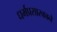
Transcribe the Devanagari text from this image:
धर्मप्रसारकाने